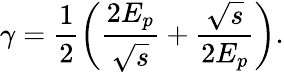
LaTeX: \gamma=\frac{1}{2}\left(\frac{2E_{p}}{\sqrt{s}}+\frac{\sqrt{s}}{2E_{p}}\right).